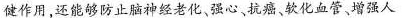
健作用，还能够防止脑神经老化、强心、抗癌、软化血管。增强人